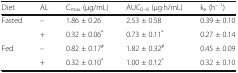
<table><thead><tr><td><b>Diet</b></td><td><b>AL</b></td><td><b>C<sub>max</sub> (μg/mL)</b></td><td><b>AUC<sub>0–6</sub> (μg∙h/mL)</b></td><td><b>k<sub>e</sub> (h<sup>− 1</sup>)</b></td></tr></thead><tbody><tr><td rowspan="2">Fasted</td><td>–</td><td>1.86 ± 0.26</td><td>2.53 ± 0.58</td><td>0.39 ± 0.10</td></tr><tr><td>+</td><td>0.32 ± 0.06<sup>*</sup></td><td>0.73 ± 0.11<sup>*</sup></td><td>0.27 ± 0.14</td></tr><tr><td rowspan="2">Fed</td><td>–</td><td>0.82 ± 0.17<sup>#</sup></td><td>1.82 ± 0.32<sup>#</sup></td><td>0.45 ± 0.09</td></tr><tr><td>+</td><td>0.32 ± 0.10<sup>*</sup></td><td>1.00 ± 0.12<sup>*</sup></td><td>0.32 ± 0.10</td></tr></tbody></table>